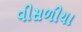
વીસળીયા